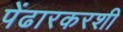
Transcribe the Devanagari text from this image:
पेंढारकरशी